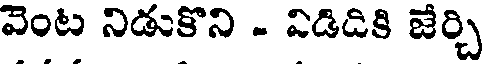
వెంట నిడుకొని - విడిడికి జేర్చి